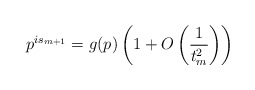
\begin{align*}p^{is_{m+1}} = g(p) \left(1 + O\left( \frac{1}{t_m^2} \right)\right)\end{align*}